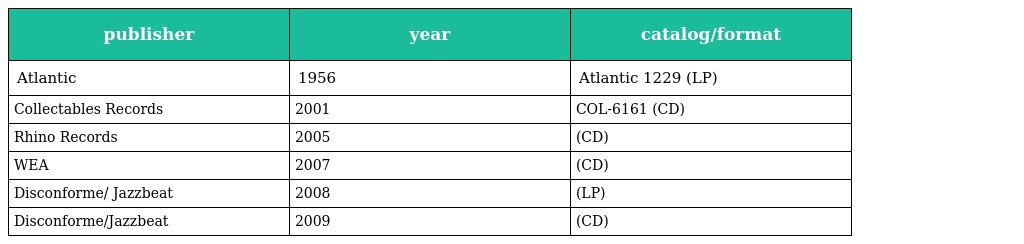
| publisher | year | catalog/format |
 | --- | --- | --- |
 | Atlantic | 1956 | Atlantic 1229 (LP) |
 | Collectables Records | 2001 | COL-6161 (CD) |
 | Rhino Records | 2005 | (CD) |
 | WEA | 2007 | (CD) |
 | Disconforme/ Jazzbeat | 2008 | (LP) |
 | Disconforme/Jazzbeat | 2009 | (CD) |